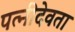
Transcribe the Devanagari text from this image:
पत्नीदेवता